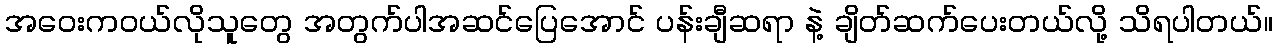
အဝေးကဝယ်လိုသူတွေ အတွက်ပါအဆင်ပြေအောင် ပန်းချီဆရာ နဲ့ ချိတ်ဆက်ပေးတယ်လို့ သိရပါတယ်။